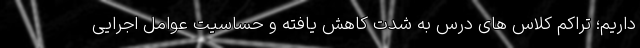
داریم؛ تراکم کلاس های درس به شدت کاهش یافته و حساسیت عوامل اجرایی